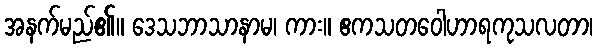
အနက်မည်၏။ ဒေသဘာသာနာမ၊ ကား။ ဧကသတဝေါဟာရကုသလတာ၊